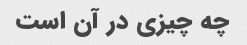
چه چیزی در آن است